Leaving Certificate, 1898
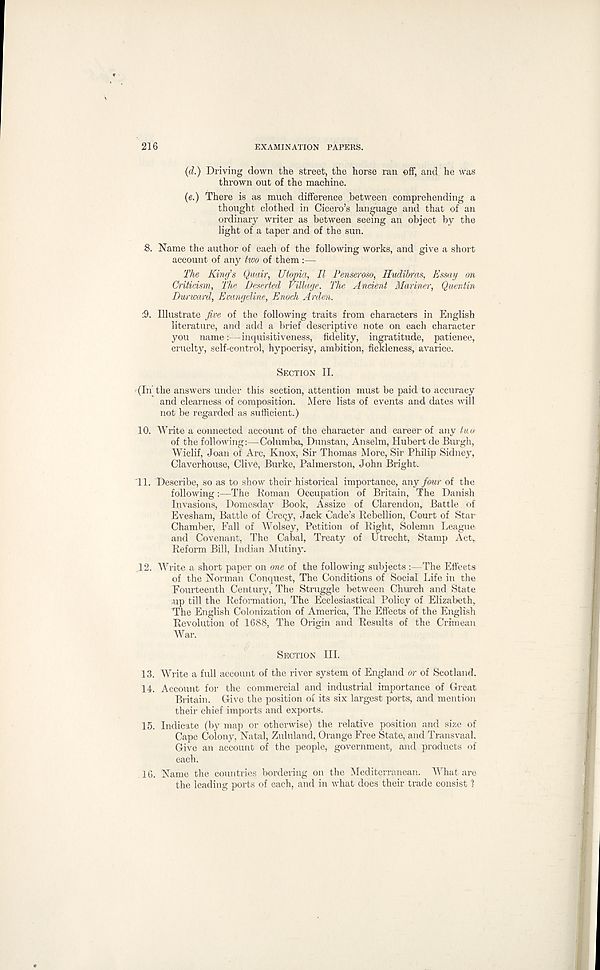
216
EXAMINATION PAPERS.
(d.) Driving down the street, the horse ran off, and he was
thrown out of the machine.
(e.) There is as much difference between comprehending a
thought clothed in Cicero’s language and that of an
ordinary writer as between seeing an object by the
light of a taper and of the sun.
8. Name the author of each of the following works, and give a short
account of any two of them :—
The King's Quair, Utopia, II Teaseroso, Hudib-as, Essay on
Criticism, The Deserted Village. The Ancient Mariner, Quentin
Durward, Evangeline, Enoch Arden.
5. Illustrate jive of the following traits from characters in English
literature, and add a brief descriptive note on each character
you name:—inquisitiveness, fidelity, ingratitude, patience,
cruelty, self-control, hypocrisy, ambition, fickleness, avarice.
SECTION II.
(In’ the answers under this section, attention must be paid to accuracy
and clearness of composition. Mere lists of events and dates will
not be regarded as sufficient.)
10. Write a connected account of the character and career of any tuu
of the following:—Columba, Dunstan, Anselm, Hubert de Burgh,
Wiclif, Joan of Arc, Knox, Sir Thomas More, Sir Philip Sidney,
Claverhouse, Clive, Burke, Palmerston, John Bright.
11. Describe, so as to show their historical importance, any jour of the
following :—The Roman Occupation of Britain, The Danish
Invasions, Domesday Book, Assize of Clarendon, Battle of
Evesham, Battle of Cre^y, Jack Cade’s Rebellion, Court of Star-
Chamber, Fall of Wolsey, Petition of Right, Solemn League,
and Covenant, The Cabal, Treaty of Utrecht, Stamp Act,
Reform Bill, Indian Mutiny.
12. Write a short paper on one of the following subjects :—The Effects
of the Norman Conquest, The Conditions of Social Life in the
Fourteenth Century, The Struggle between Church and State
up till the Reformation, The Ecclesiastical Policy of Elizabeth,
The English Colonization of America, The Efiects of the English
Revolution of 1688, The Origin and Results of the Crimean
War.
SECTION III.
13. Write a full account of the river system of England or of Scotland.
14. Account for the commercial and industrial importance of Great
Britain. Give the position of its six largest ports, and mention
their chief imports and exports.
15. Indicate (by map or otherwise) the relative position and size of
Cape Colony, Natal, Zululand, Orange Free State, and Transvaal.
Give an account of the people, government, and products of
each.
16. Name the countries bordering on the Mediterranean. What are
the leading ports of each, and in what does their trade consist 1